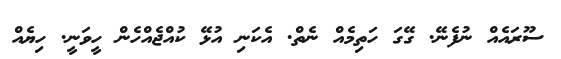
ސޫރައެއް ނުފެނޭ. ގޭގަ ހަތިމެއް ނެތް. އެކަނި އުޅޭ ކުއްޖެއްހެން ހީވަނީ. ހިޔެއް